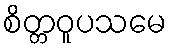
စိတ္တဝူပသမေ